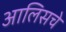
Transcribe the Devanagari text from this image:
आलिसचे